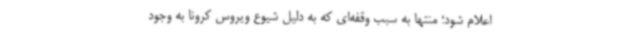
اعلام شود؛ منتها به ‌سبب وقفه‌ای که به ‌دلیل شیوع ویروس کرونا به وجود